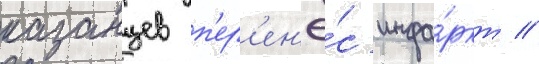
казанцев п'ер'ен'ё́с инфа́ркт //